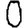
Digit: 0